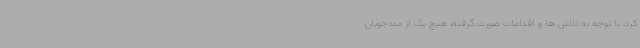
کرد: با توجه به تلاش ها و اقدامات صورت گرفته، هیچ یک از مددجویان